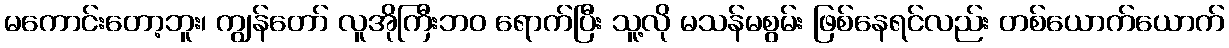
မကောင်းတော့ဘူး၊ ကျွန်တော် လူအိုကြီးဘဝ ရောက်ပြီး သူ့လို မသန်မစွမ်း ဖြစ်နေရင်လည်း တစ်ယောက်ယောက်